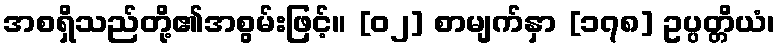
အစရှိသည်တို့၏အစွမ်းဖြင့်။ [၀၂] စာမျက်နှာ [၁၇၈] ဥပ္ပတ္တိယံ၊